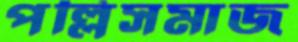
পল্লিসমাজ